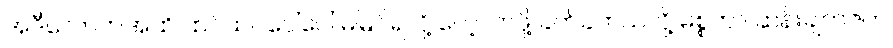
အဲဒီလောက်အထိ ထင်ထင်ပေါ်ပေါ် မမြင်ရလို့ လေ့လာဖို့ ခက်ခဲတယ်လို့ မစ္စတာ ဆန်းချက်ဇ်က